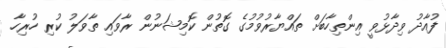
ފުއާދު ވިދާޅުވީ އިންތިހާބަށް ތައްޔާރުވުމުގެ ގޮތުން ކޮމިޝަނުން ރާވައި ތާވަލު ކުރި ހުރިހާ